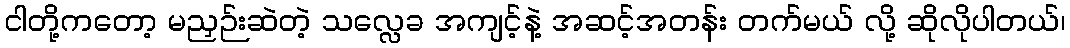
ငါတို့ကတော့ မညှဉ်းဆဲတဲ့ သလ္လေခ အကျင့်နဲ့ အဆင့်အတန်း တက်မယ် လို့ ဆိုလိုပါတယ်၊